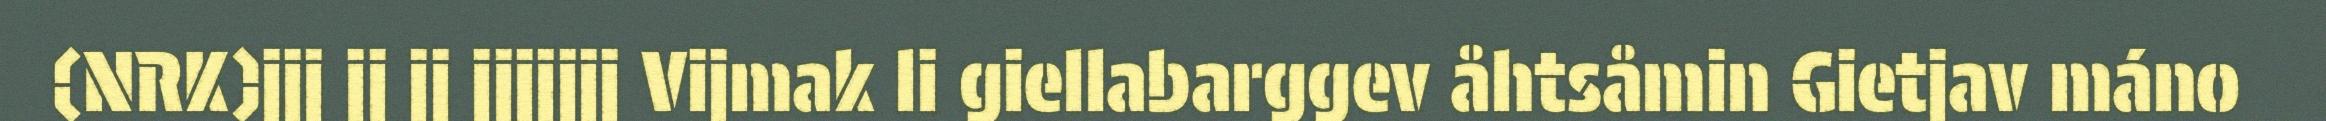
(NRK)jjj jj jj jjjjjjj Vijmak li giellabarggev åhtsåmin Gietjav máno